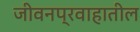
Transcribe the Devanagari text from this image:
जीवनप्रवाहातील